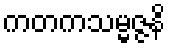
ကတကသမ္မဇ္ဇနိ